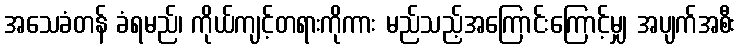
အသေခံတန် ခံရမည်၊ ကိုယ်ကျင့်တရားကိုကား မည်သည့်အကြောင်းကြောင့်မျှ အပျက်အစီး